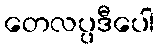
တေလပ္ပဒီပေါ